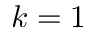
k = 1